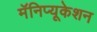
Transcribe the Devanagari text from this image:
मॅनिप्यूकेशन